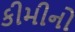
કીમીનો